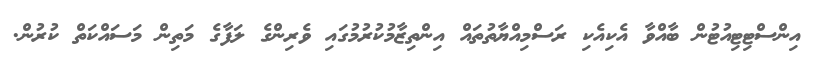
އިންސްޓިޓިއުޓުން ބާއްވާ އެކިއެކި ރަސްމިއްޔާތުތައް އިންތިޒާމުކުރުމުގައި ވެރިންގެ ލަފާގެ މަތިން މަސައްކަތް ކުރުން.